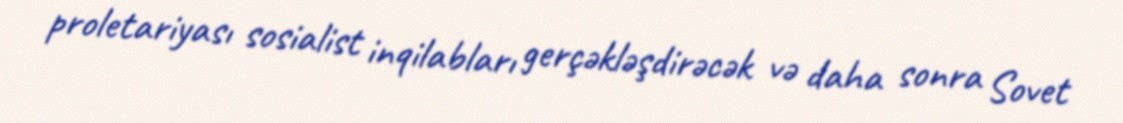
proletariyası sosialist inqilabları gerçəkləşdirəcək və daha sonra Sovet